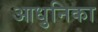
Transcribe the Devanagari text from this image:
आधुनिका